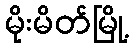
မိုးမိတ်မြို့